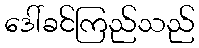
ဒေါ်ခင်ကြည်သည်